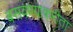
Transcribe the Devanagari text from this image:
बसवण्याकरीता